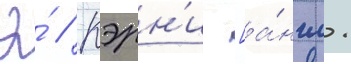
Э́ // Кэрн'и [а́нгл.